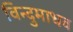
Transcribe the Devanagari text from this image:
विन्दुमाधव